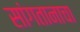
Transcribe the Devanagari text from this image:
सांगतानाचा